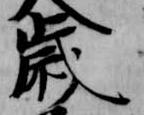
歳